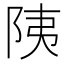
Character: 䧅